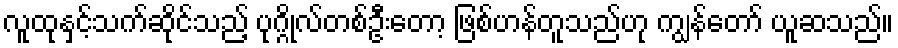
လူထုနှင့်သက်ဆိုင်သည့် ပုဂ္ဂိုလ်တစ်ဦးတော့ ဖြစ်ဟန်တူသည်ဟု ကျွန်တော် ယူဆသည်။